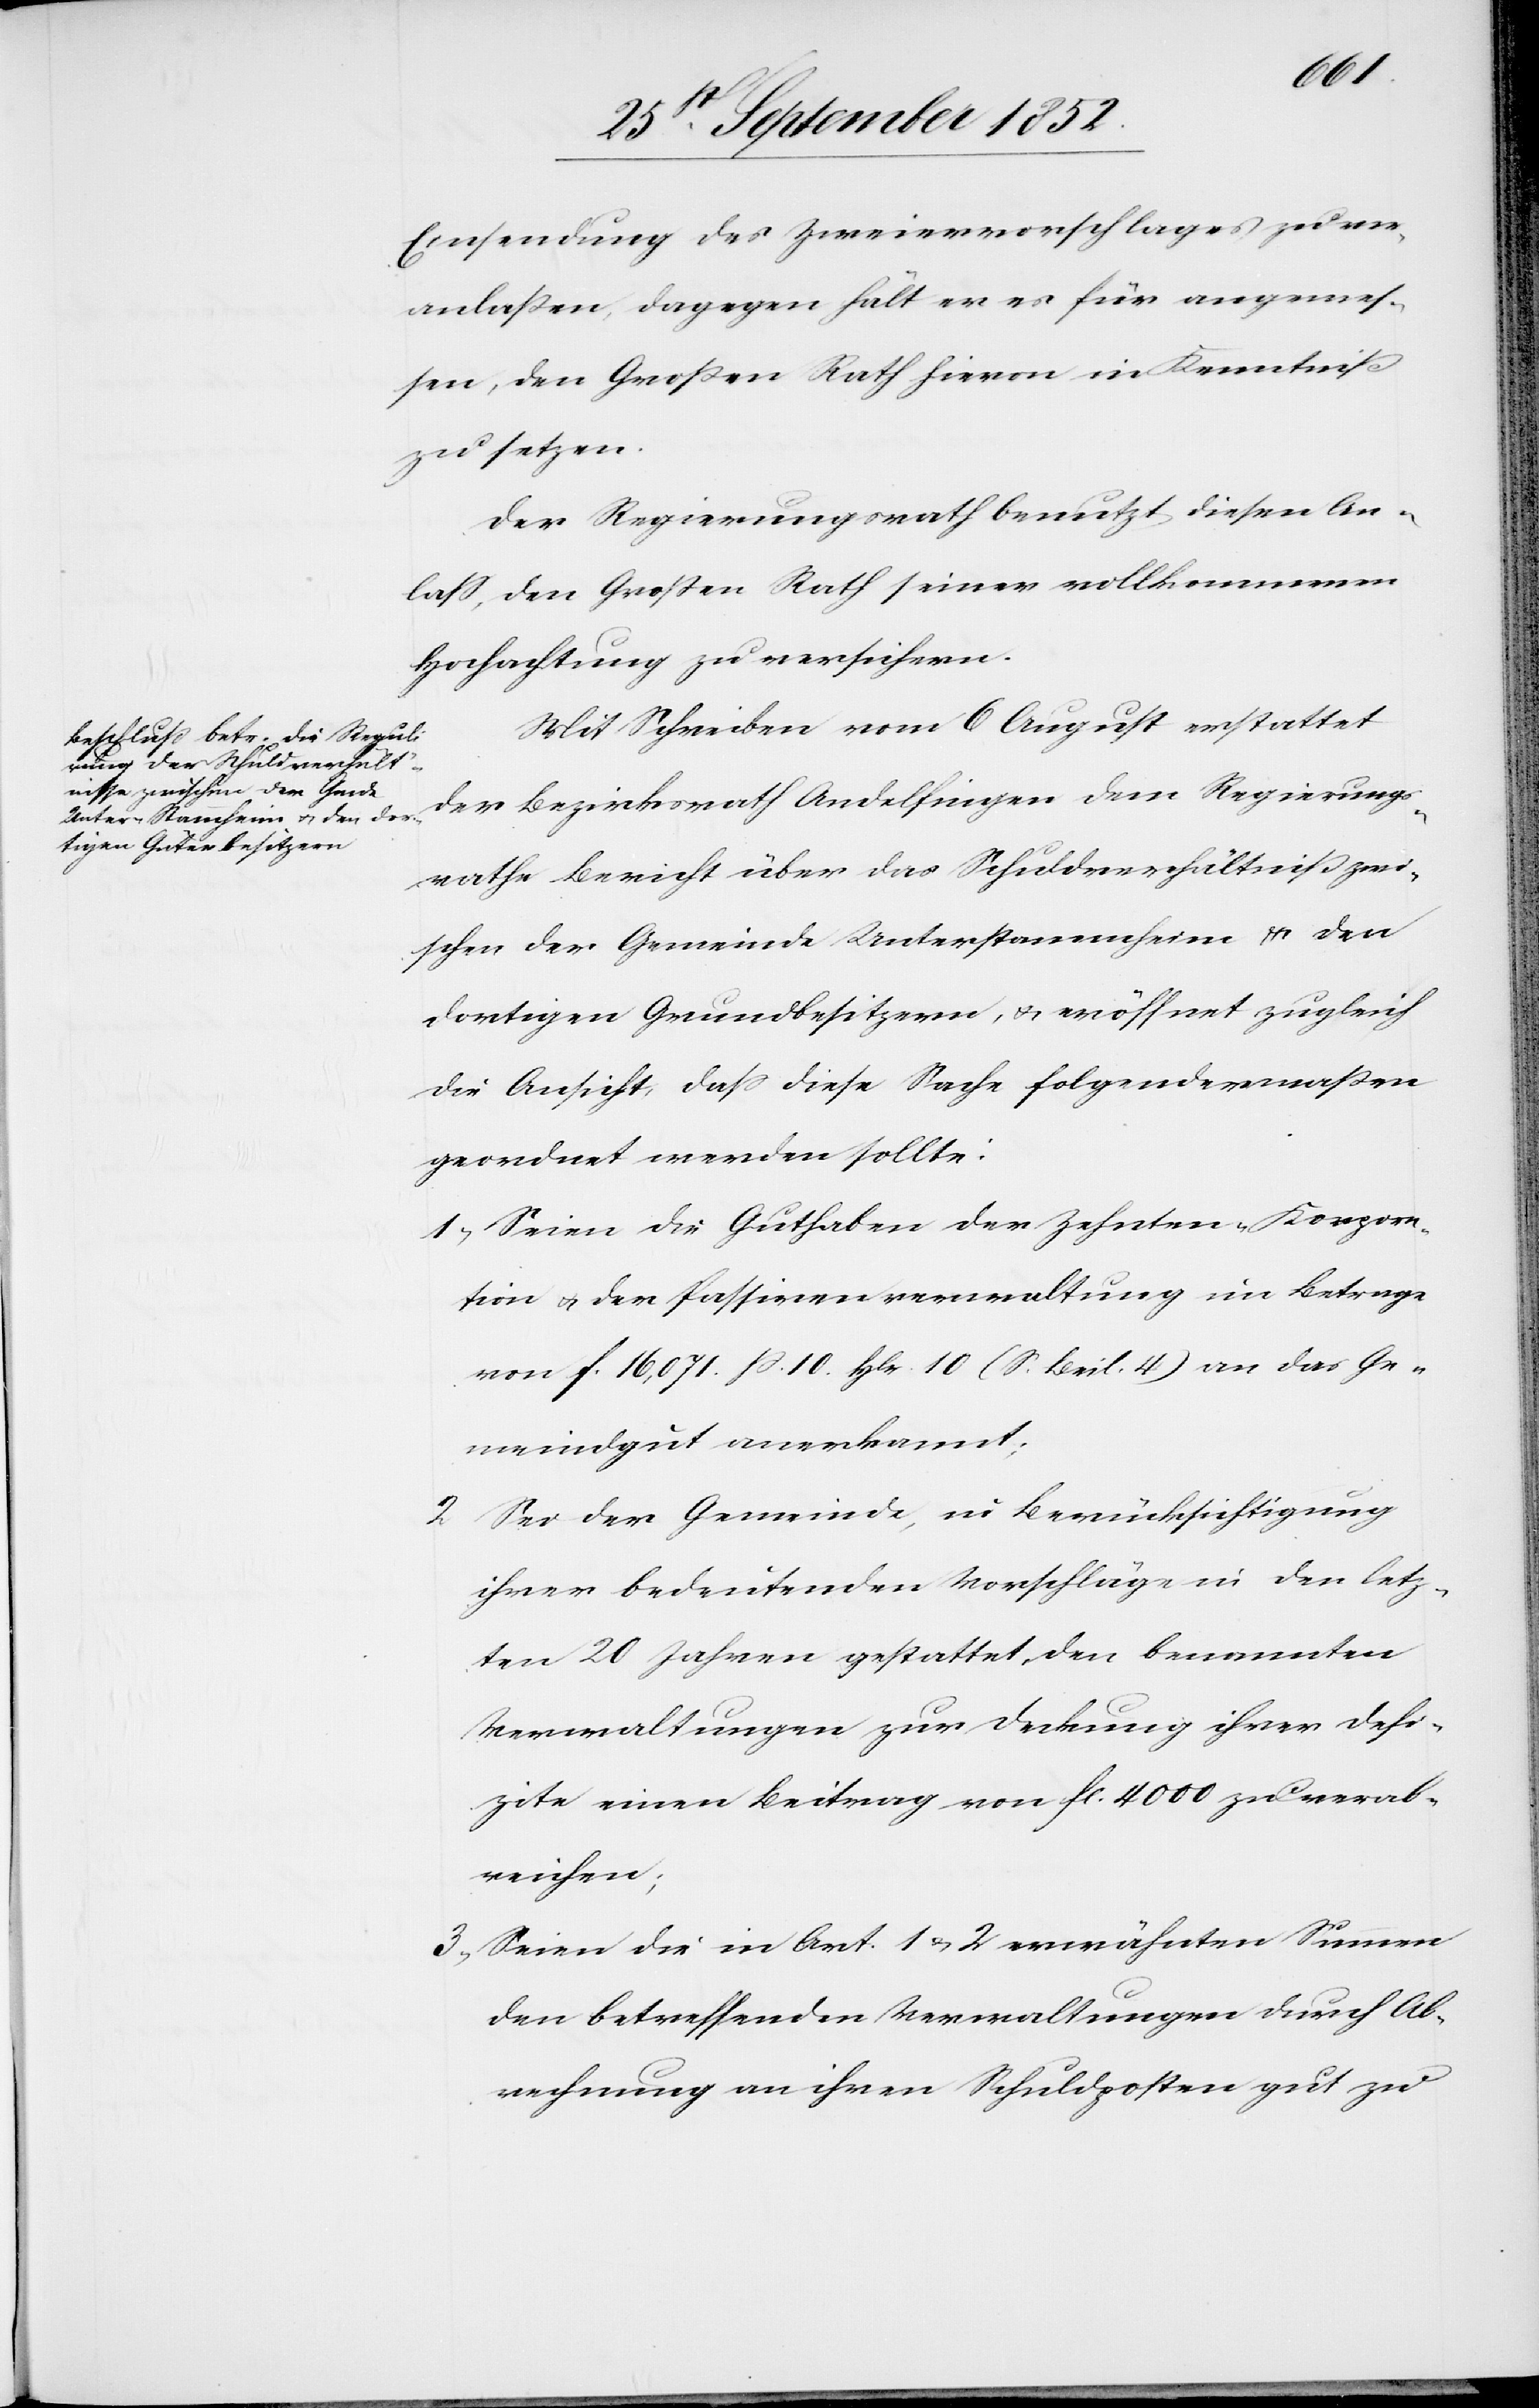
Einsendung des Zweiervorschlages zu ver¬
anlaßen, dagegen hält er es für angemes¬
sen, den Großen Rath hievon in Kenntniß
zu setzen.
Der Regierungsrath benutzt diesen An¬
lass, den Großen Rath seiner vollkommenen
Hochachtung zu versichern.
Mit Schreiben vom 6 August erstattet
der Bezirksrath Andelfingen dem Regierungs¬
rathe Bericht über das Schuldverhältniß zwi¬
schen der Gemeinde Unterstammheim & den
dortigen Grundbesitzern, & eröffnet zugleich
die Ansicht, dass diese Sache folgendermaßen
geordnet werden sollte:
Seien die Guthaben der Zehnten-Korpora¬
tion & der Passivenverwaltung im Betrage
von f. 16,071. ß. 10. Hlr. 10 (S. Beil. 4) an das Ge¬
meindgut anerkannt;
Sei der Gemeinde, in Berücksichtigung
ihrer bedeutenden Vorschläge in den letz¬
ten 20 Jahren gestattet, den benannten
Verwaltungen zur Deckung ihrer Defi¬
zite einen Beitrag von fl. 4000 zu verab¬
reichen;
Seien die in Art. 1 & 2 erwähnten Summen
den betreffenden Verwaltungen durch Ab¬
rechnung an ihren Schuldposten gut zu